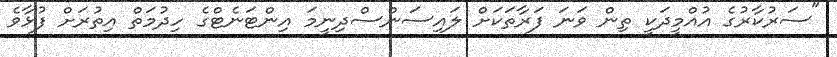
"ސަރުކާރުގެ އުއްމީދަކީ ތިން ވަނަ ފަރާތަކަށް ލައިސަންސްދިނީމަ އިންޓަނެޓްގެ ހިދުމަތް އިތުރަށް ފުޅާވެ